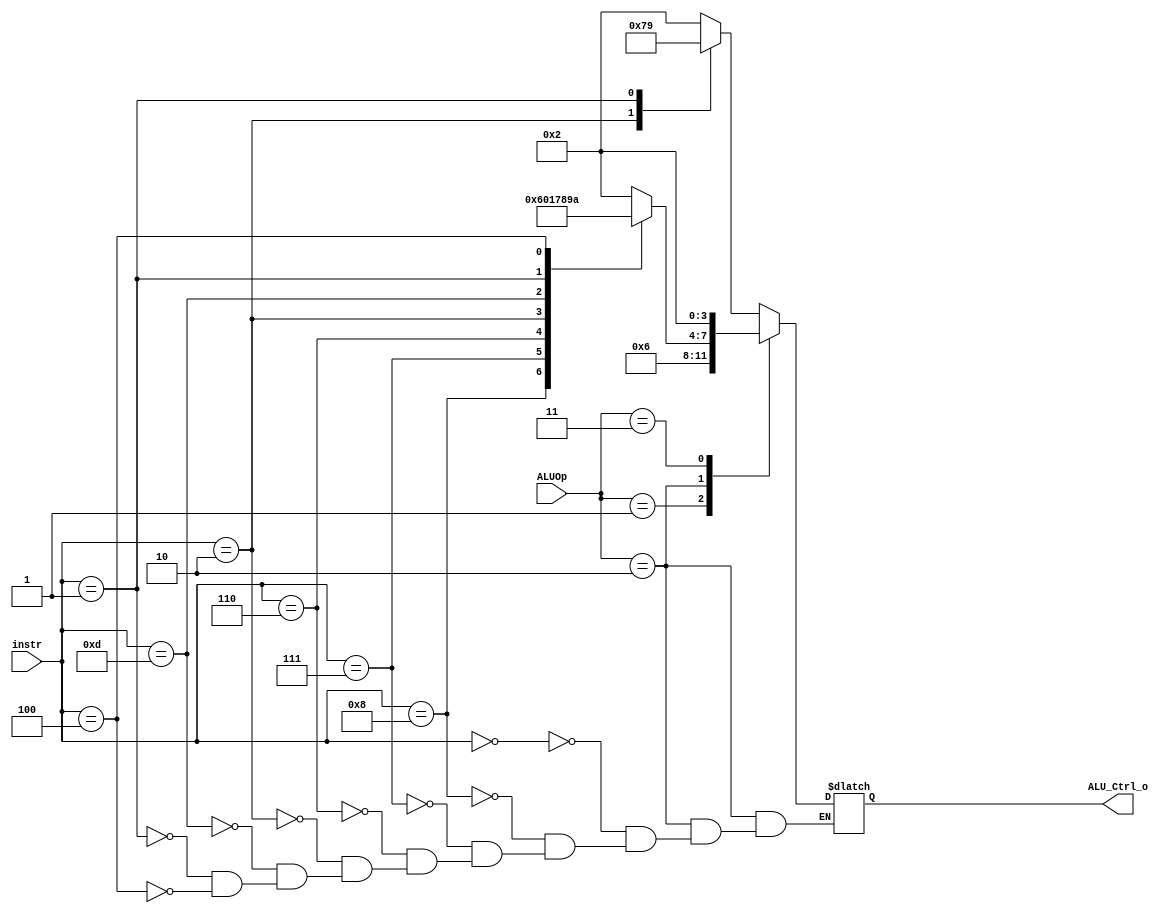
`timescale 1ns/1ps

module ALU_Ctrl(
    input       [4-1:0] instr,
    input       [2-1:0] ALUOp,
    output reg  [4-1:0] ALU_Ctrl_o
);
/* Write your code HERE */

always @(*) begin
	case (ALUOp)
		2'b00: begin// i-type sw jalr addi
			case(instr)
				4'b0000: ALU_Ctrl_o = 4'b0010; //addi add
				4'b0010: ALU_Ctrl_o = 4'b0111; //slti slt
				4'b0001: ALU_Ctrl_o = 4'b1001; //slli sll
				default: ALU_Ctrl_o = 4'b0010;
		    endcase
		end
		2'b01: ALU_Ctrl_o = 4'b0110; //beq
		2'b10: begin   // r-type
			case (instr)
				4'b0000: ALU_Ctrl_o = 4'b0010;//add
				4'b1000: ALU_Ctrl_o = 4'b0110;//subtract
				4'b0111: ALU_Ctrl_o = 4'b0000;//and
				4'b0110: ALU_Ctrl_o = 4'b0001;//or

				4'b0010: ALU_Ctrl_o = 4'b0111;//slt

				4'b1101: ALU_Ctrl_o = 4'b1000; //sra
				4'b0001: ALU_Ctrl_o = 4'b1001; //sll
				4'b0100: ALU_Ctrl_o = 4'b1010; //xor
			endcase
		end
		2'b11: ALU_Ctrl_o = 4'b0010; //for load
	endcase
end
endmodule